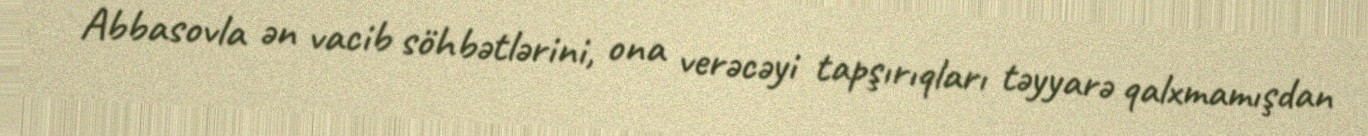
Abbasovla ən vacib söhbətlərini, ona verəcəyi tapşırıqları təyyarə qalxmamışdan